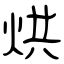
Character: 烘